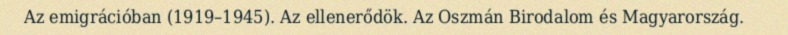
Az emigrációban (1919–1945). Az ellenerődök. Az Oszmán Birodalom és Magyarország.